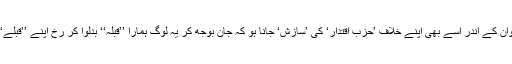
ہو سکتا ہے، انہوں نے ایوان کے اندر اسے بھی اپنے خلاف ’حزب اقتدار‘ کی ’سازش‘ جانا ہو کہ جان بوجھ کر یہ لوگ ہمارا ’’قبلہ‘‘ بدلوا کر رخ اپنے ’’قبلے‘‘ کی طرف کرا رہے ہیں۔